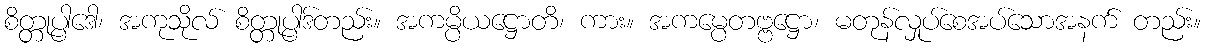
စိတ္တုပ္ပါဒေါ၊ အကုသိုလ် စိတ္တုပ္ပါဒ်တည်း။ အကမ္ပိယဋ္ဌောတိ၊ ကား။ အကမ္ပေတဗ္ဗဋ္ဌော၊ မတုန်လှုပ်စေအပ်သောအနက် တည်း။